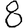
Digit: 8